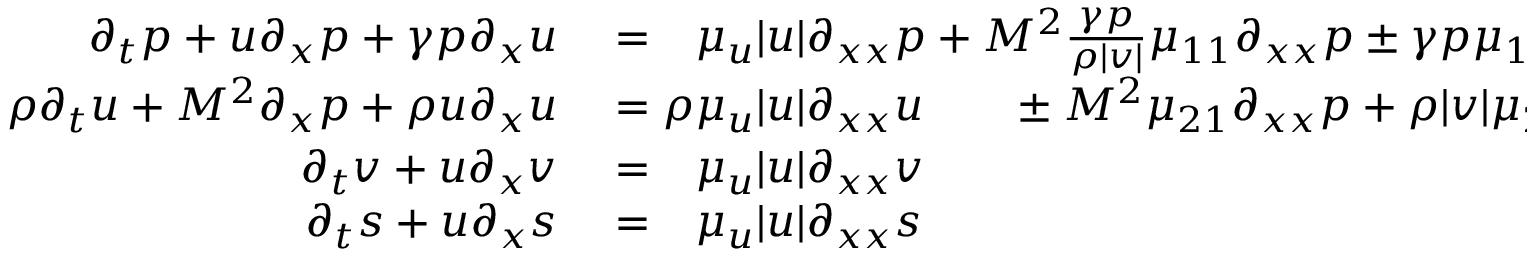
\begin{array} { r l } { \partial _ { t } p + u \partial _ { x } p + \gamma p \partial _ { x } u } & { { } = \phantom { \rho } \mu _ { u } | u | \partial _ { x x } p + M ^ { \- 2 } \frac { \gamma p } { \rho | v | } \mu _ { 1 1 } \partial _ { x x } p \pm \gamma p \mu _ { 1 2 } \partial _ { x x } u } \\ { \rho \partial _ { t } u + M ^ { \- 2 } \partial _ { x } p + \rho u \partial _ { x } u } & { { } = \rho \mu _ { u } | u | \partial _ { x x } u \phantom { \frac { \gamma p } { \rho | v | } } \pm M ^ { \- 2 } \mu _ { 2 1 } \partial _ { x x } p + \rho | v | \mu _ { 2 2 } \partial _ { x x } u } \\ { \partial _ { t } v + u \partial _ { x } v } & { { } = \phantom { \rho } \mu _ { u } | u | \partial _ { x x } v } \\ { \partial _ { t } s + u \partial _ { x } s } & { { } = \phantom { \rho } \mu _ { u } | u | \partial _ { x x } s } \end{array}